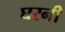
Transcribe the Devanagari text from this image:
घरनी